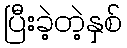
ပြီးခဲ့တဲ့နှစ်